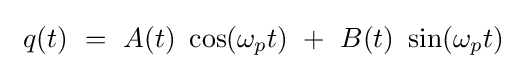
\ q(t)\ =\ A(t)\ \cos(\omega _{p}t)\ +\ B(t)\ \sin(\omega _{p}t)\